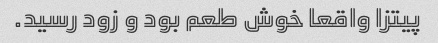
پیتزا واقعا خوش طعم بود و زود رسید.